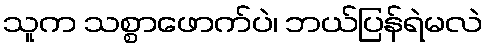
သူက သစ္စာဖောက်ပဲ၊ ဘယ်ပြန်ရဲမလဲ